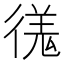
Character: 𫹝